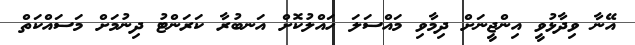
އޭނާ ވިދާޅުވީ އިންޖީނަށް ދިމާވި މައްސަލަ ހައްލުކޮށް އަނބުރާ ކަރަންޓު ދިނުމަށް މަސައްކަތް